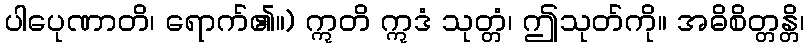
ပါပေုဏာတိ၊ ရောက်၏။) ဣတိ ဣဒံ သုတ္တံ၊ ဤသုတ်ကို။ အဓိစိတ္တန္တိ၊